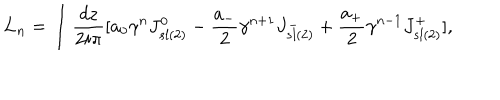
{ \bf L } _ { n } = \int { \frac { d z } { 2 i \pi } } \lbrack a _ { 0 } { { \gamma } ^ { n } } J _ { s l ( 2 ) } ^ { 0 } - { \frac { a _ { - } } { 2 } } { { \gamma } ^ { n + 1 } } J _ { s l ( 2 ) } ^ { - } + { \frac { a _ { + } } { 2 } } { { \gamma } ^ { n - 1 } } J _ { s l ( 2 ) } ^ { + } \rbrack ,